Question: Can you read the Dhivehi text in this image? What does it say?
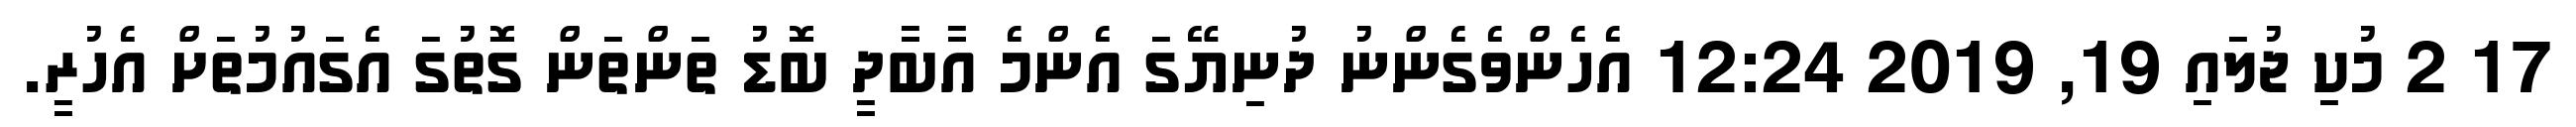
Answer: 17 2 މުކި ޖުލައި 19, 2019 12:24 އެހެންވެގެންނު ދުނިޔޭގަ އެންމެ އާބާދީ ބޮޑު ތަންތަން ގޮތުގަ އެގައުމުތަށް އެހުރީ.